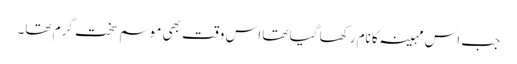
جب اس مہینہ کا نام رکھا گیا تھا اس وقت بھی موسم سخت گرم تھا۔